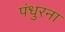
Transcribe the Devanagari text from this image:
पंधुरना